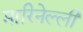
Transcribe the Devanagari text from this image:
मारिनेल्ली